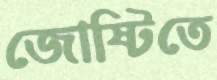
জোষ্টিতে